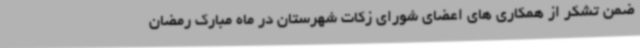
ضمن تشکر از همکاری های اعضای شورای زکات شهرستان در ماه مبارک رمضان